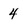
Character: 4